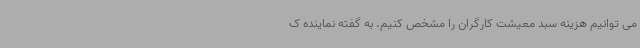
می توانیم هزینه سبد معیشت کارگران را مشخص کنیم. به گفته نماینده ک